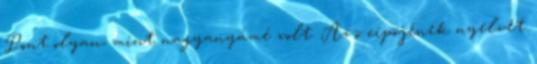
Pont olyan, mint nagyanyámé volt. Az õ cipõjének nyelvét